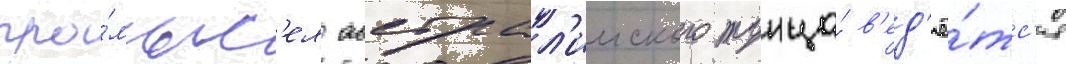
про́мыс'ел австрал'ииского тунца́ в'ед'ё́тс'я